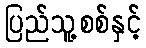
ပြည်သူ့စစ်နှင့်